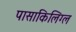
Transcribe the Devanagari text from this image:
पासाकिलिग्ल